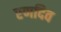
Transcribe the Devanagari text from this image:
रणदिव